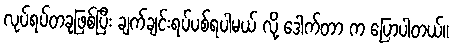
လုပ်ရပ်တခုဖြစ်ပြီး ချက်ချင်းရပ်ပစ်ရပါမယ် လို့ ဒေါက်တာ က ပြောပါတယ်။